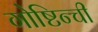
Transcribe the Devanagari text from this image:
गोष्टिन्ची